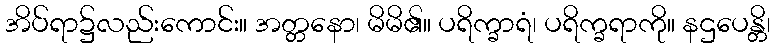
အိပ်ရာ၌လည်းကောင်း။ အတ္တနော၊ မိမိ၏။ ပရိက္ခာရံ၊ ပရိက္ခရာကို။ နဌပေန္တိ၊